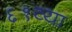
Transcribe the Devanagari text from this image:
६१व्या